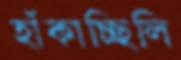
হাঁকাচ্ছিলি